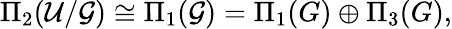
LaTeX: \Pi_{2}({\cal U}/{\cal G})\cong\Pi_{1}({\cal G})=\Pi_{1}(G)\oplus\Pi_{3}(G),